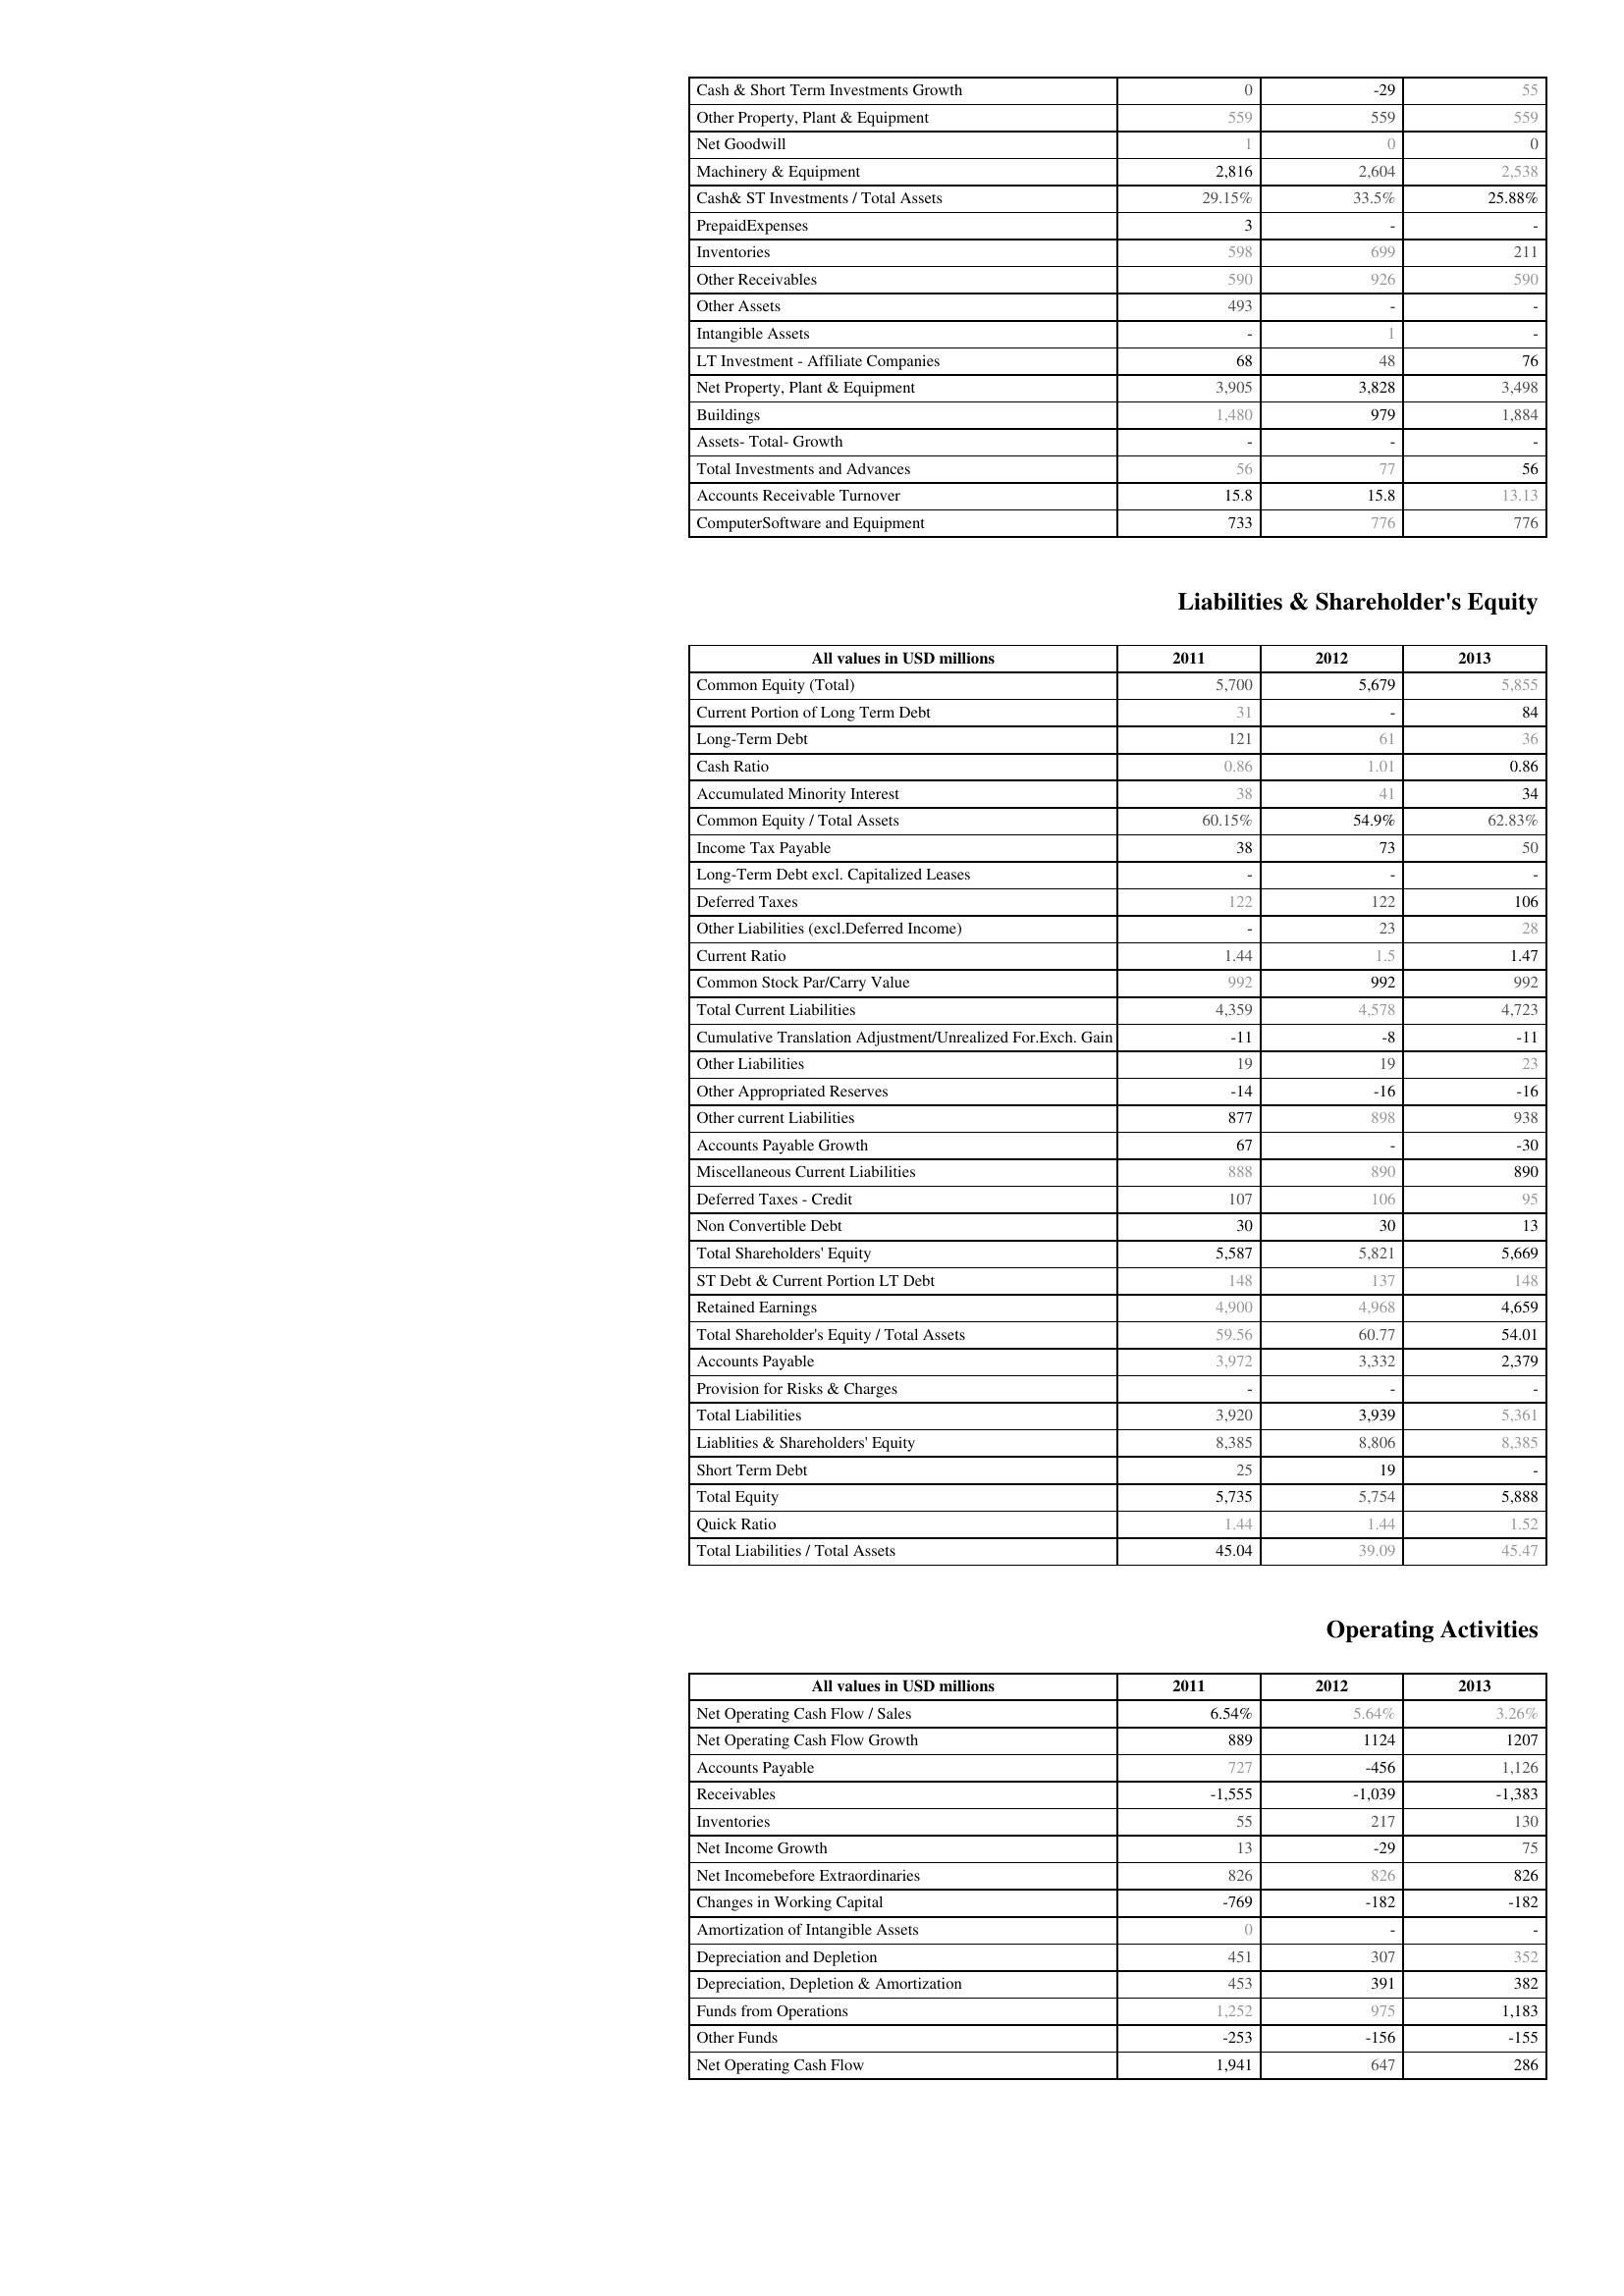
2011: Assets: Cash & Short Term Investments Growth: 0
Other Property, Plant & Equipment: 559
Net Goodwill: 1
Machinery & Equipment: 2,816
Cash& ST Investments / Total Assets: 29.15%
PrepaidExpenses: 3
Inventories: 598
Other Receivables: 590
Other Assets: 493
Intangible Assets: -
LT Investment - Affiliate Companies: 68
Net Property, Plant & Equipment: 3,905
Buildings: 1,480
Assets- Total- Growth: -
Total Investments and Advances: 56
Accounts Receivable Turnover: 15.8
ComputerSoftware and Equipment: 733
Liabilities & Shareholder's Equity: Common Equity (Total): 5,700
Current Portion of Long Term Debt: 31
Long-Term Debt: 121
Cash Ratio: 0.86
Accumulated Minority Interest: 38
Common Equity / Total Assets: 60.15%
Income Tax Payable: 38
Long-Term Debt excl. Capitalized Leases: -
Deferred Taxes: 122
Other Liabilities (excl.Deferred Income): -
Current Ratio: 1.44
Common Stock Par/Carry Value: 992
Total Current Liabilities: 4,359
Cumulative Translation Adjustment/Unrealized For.Exch. Gain: -11
Other Liabilities: 19
Other Appropriated Reserves: -14
Other current Liabilities: 877
Accounts Payable Growth: 67
Miscellaneous Current Liabilities: 888
Deferred Taxes - Credit: 107
Non Convertible Debt: 30
Total Shareholders' Equity: 5,587
ST Debt & Current Portion LT Debt: 148
Retained Earnings: 4,900
Total Shareholder's Equity / Total Assets: 59.56
Accounts Payable: 3,972
Provision for Risks & Charges: -
Total Liabilities: 3,920
Liablities & Shareholders' Equity: 8,385
Short Term Debt: 25
Total Equity: 5,735
Quick Ratio: 1.44
Total Liabilities / Total Assets: 45.04
Operating Activities: Net Operating Cash Flow / Sales: 6.54%
Net Operating Cash Flow Growth: 889
Accounts Payable: 727
Receivables: -1,555
Inventories: 55
Net Income Growth: 13
Net Incomebefore Extraordinaries: 826
Changes in Working Capital: -769
Amortization of Intangible Assets: 0
Depreciation and Depletion: 451
Depreciation, Depletion & Amortization: 453
Funds from Operations: 1,252
Other Funds: -253
Net Operating Cash Flow: 1,941
2012: Assets: Cash & Short Term Investments Growth: -29
Other Property, Plant & Equipment: 559
Net Goodwill: 0
Machinery & Equipment: 2,604
Cash& ST Investments / Total Assets: 33.5%
PrepaidExpenses: -
Inventories: 699
Other Receivables: 926
Other Assets: -
Intangible Assets: 1
LT Investment - Affiliate Companies: 48
Net Property, Plant & Equipment: 3,828
Buildings: 979
Assets- Total- Growth: -
Total Investments and Advances: 77
Accounts Receivable Turnover: 15.8
ComputerSoftware and Equipment: 776
Liabilities & Shareholder's Equity: Common Equity (Total): 5,679
Current Portion of Long Term Debt: -
Long-Term Debt: 61
Cash Ratio: 1.01
Accumulated Minority Interest: 41
Common Equity / Total Assets: 54.9%
Income Tax Payable: 73
Long-Term Debt excl. Capitalized Leases: -
Deferred Taxes: 122
Other Liabilities (excl.Deferred Income): 23
Current Ratio: 1.5
Common Stock Par/Carry Value: 992
Total Current Liabilities: 4,578
Cumulative Translation Adjustment/Unrealized For.Exch. Gain: -8
Other Liabilities: 19
Other Appropriated Reserves: -16
Other current Liabilities: 898
Accounts Payable Growth: -
Miscellaneous Current Liabilities: 890
Deferred Taxes - Credit: 106
Non Convertible Debt: 30
Total Shareholders' Equity: 5,821
ST Debt & Current Portion LT Debt: 137
Retained Earnings: 4,968
Total Shareholder's Equity / Total Assets: 60.77
Accounts Payable: 3,332
Provision for Risks & Charges: -
Total Liabilities: 3,939
Liablities & Shareholders' Equity: 8,806
Short Term Debt: 19
Total Equity: 5,754
Quick Ratio: 1.44
Total Liabilities / Total Assets: 39.09
Operating Activities: Net Operating Cash Flow / Sales: 5.64%
Net Operating Cash Flow Growth: 1124
Accounts Payable: -456
Receivables: -1,039
Inventories: 217
Net Income Growth: -29
Net Incomebefore Extraordinaries: 826
Changes in Working Capital: -182
Amortization of Intangible Assets: -
Depreciation and Depletion: 307
Depreciation, Depletion & Amortization: 391
Funds from Operations: 975
Other Funds: -156
Net Operating Cash Flow: 647
2013: Assets: Cash & Short Term Investments Growth: 55
Other Property, Plant & Equipment: 559
Net Goodwill: 0
Machinery & Equipment: 2,538
Cash& ST Investments / Total Assets: 25.88%
PrepaidExpenses: -
Inventories: 211
Other Receivables: 590
Other Assets: -
Intangible Assets: -
LT Investment - Affiliate Companies: 76
Net Property, Plant & Equipment: 3,498
Buildings: 1,884
Assets- Total- Growth: -
Total Investments and Advances: 56
Accounts Receivable Turnover: 13.13
ComputerSoftware and Equipment: 776
Liabilities & Shareholder's Equity: Common Equity (Total): 5,855
Current Portion of Long Term Debt: 84
Long-Term Debt: 36
Cash Ratio: 0.86
Accumulated Minority Interest: 34
Common Equity / Total Assets: 62.83%
Income Tax Payable: 50
Long-Term Debt excl. Capitalized Leases: -
Deferred Taxes: 106
Other Liabilities (excl.Deferred Income): 28
Current Ratio: 1.47
Common Stock Par/Carry Value: 992
Total Current Liabilities: 4,723
Cumulative Translation Adjustment/Unrealized For.Exch. Gain: -11
Other Liabilities: 23
Other Appropriated Reserves: -16
Other current Liabilities: 938
Accounts Payable Growth: -30
Miscellaneous Current Liabilities: 890
Deferred Taxes - Credit: 95
Non Convertible Debt: 13
Total Shareholders' Equity: 5,669
ST Debt & Current Portion LT Debt: 148
Retained Earnings: 4,659
Total Shareholder's Equity / Total Assets: 54.01
Accounts Payable: 2,379
Provision for Risks & Charges: -
Total Liabilities: 5,361
Liablities & Shareholders' Equity: 8,385
Short Term Debt: -
Total Equity: 5,888
Quick Ratio: 1.52
Total Liabilities / Total Assets: 45.47
Operating Activities: Net Operating Cash Flow / Sales: 3.26%
Net Operating Cash Flow Growth: 1207
Accounts Payable: 1,126
Receivables: -1,383
Inventories: 130
Net Income Growth: 75
Net Incomebefore Extraordinaries: 826
Changes in Working Capital: -182
Amortization of Intangible Assets: -
Depreciation and Depletion: 352
Depreciation, Depletion & Amortization: 382
Funds from Operations: 1,183
Other Funds: -155
Net Operating Cash Flow: 286